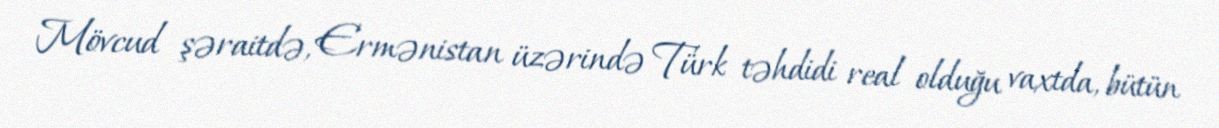
Mövcud şəraitdə, Ermənistan üzərində Türk təhdidi real olduğu vaxtda, bütün